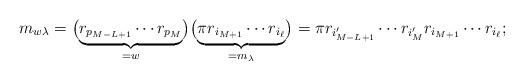
LaTeX: \begin{align*} m_{w\lambda} = \bigl( \underbrace{ r_{p_{M-L+1}} \cdots r_{p_M} }_{=w} \bigr) \bigl( \underbrace{ \pi r_{i_{M+1}} \cdots r_{i_{\ell}} }_{=m_{\lambda}} \bigr) = \pi r_{i_{M-L+1}'} \cdots r_{i_{M}'} r_{i_{M+1}} \cdots r_{i_{\ell}}; \end{align*}